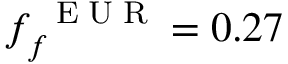
f _ { f } ^ { \mathrm { ~ \tiny ~ E ~ U ~ R ~ } } = 0 . 2 7